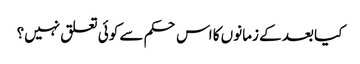
کیا بعد کے زمانوں کا اس حکم سے کوئی تعلق نہیں؟